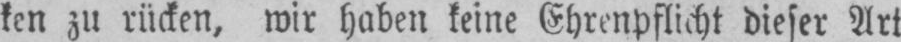
ken zu rücken, wir haben keine Ehrenpflicht dieser Art